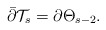
\begin{align*}\bar{\partial} \mathcal{T}_s=\partial \Theta_{s-2}.\end{align*}